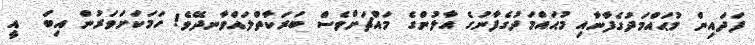
ފަދައިން މުޙައްމަދުގެފާނާއި މުޙައްމަދުގެފާނުގެ އާލުންގެ މައްޗަށްވެސް ބަރަކާތްލައްވާނދޭވެ! ހަމަކަށަވަރުން އިބަ  އީ